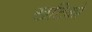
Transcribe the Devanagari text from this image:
खटिकों